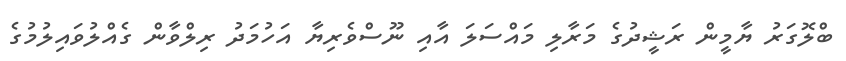
ބްލޮގަރު ޔާމީން ރަޝީދުގެ މަރާލި މައްސަލަ އާއި ނޫސްވެރިޔާ އަހުމަދު ރިލްވާން ގެއްލުވައިލުމުގެ